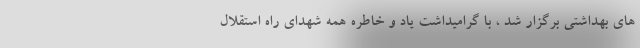
های بهداشتی برگزار شد ، با گرامیداشت یاد و خاطره همه شهدای راه استقلال